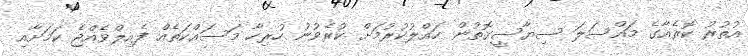
އުތުރު ކޮރެއާގެ މައްސަލަ ސިޔާސީގޮތުން ހައްލުކުރުމަށް ކުރެވުނު ހުރިހާ މަސައްކަތެއް ފެއިލްވެއްޖެ ކަމަށާއި